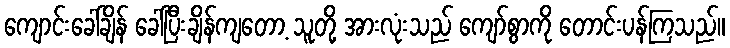
ကျောင်းခေါ်ချိန် ခေါ်ပြီးချိန်ကျတော့ သူတို့ အားလုံးသည် ကျော်စွာကို တောင်းပန်ကြသည်။